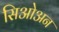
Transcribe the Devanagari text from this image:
सिओअन